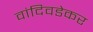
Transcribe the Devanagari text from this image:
वांदिवडेकर